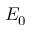
E _ { 0 }